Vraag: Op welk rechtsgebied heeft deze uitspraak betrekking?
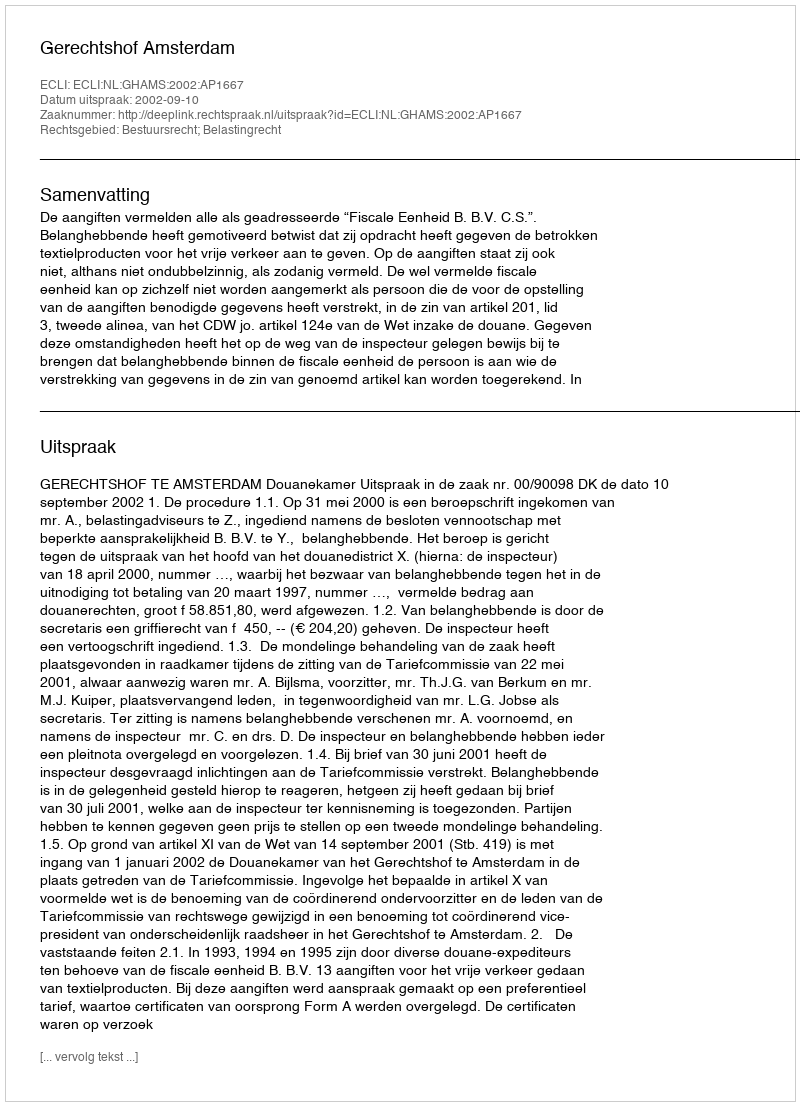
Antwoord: Bestuursrecht; Belastingrecht